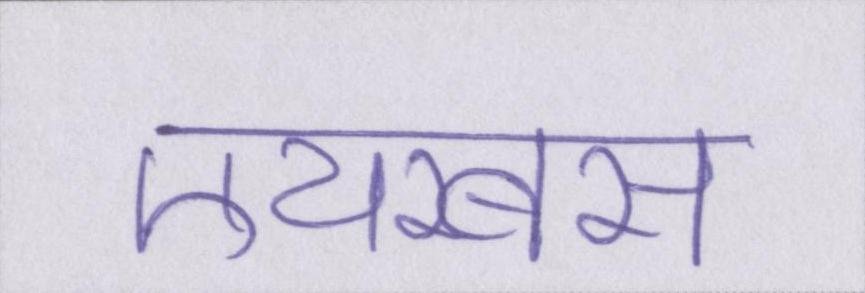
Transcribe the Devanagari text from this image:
एयरबस